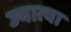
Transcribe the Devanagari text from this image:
ज्यात्या